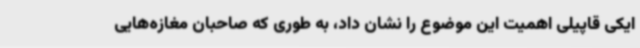
ایکی قاپیلی اهمیت این موضوع را نشان داد، به طوری که صاحبان مغازه‌هایی